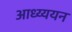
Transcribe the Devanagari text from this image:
आध्य्ययन